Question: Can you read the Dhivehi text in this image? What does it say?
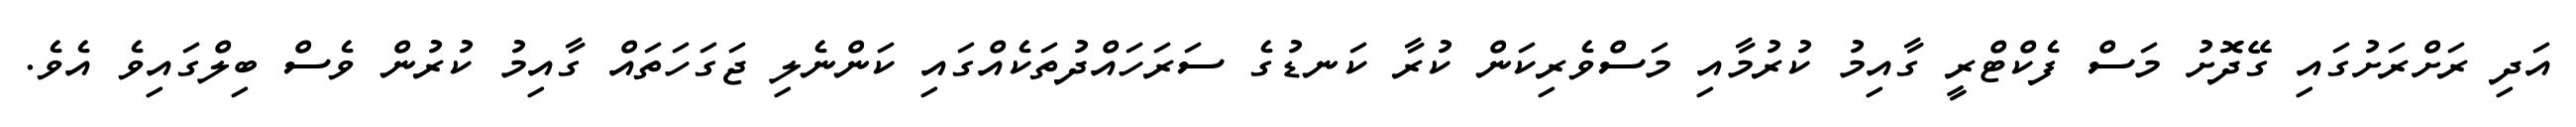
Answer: އަދި ރަށްރަށުގައި ގޭދޮށު މަސް ފެކްޓްރީ ގާއިމު ކުރުމާއި މަސްވެރިކަން ކުރާ ކަނޑުގެ ސަރަހައްދުތަކެއްގައި ކަންނެލި ޖަގަހަތައް ގާއިމު ކުރުން ވެސް ބިލްގައިވެ އެވެ.